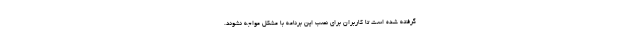
گرفته شده است تا کاربران برای نصب این برنامه با مشکل مواجه نشوند.